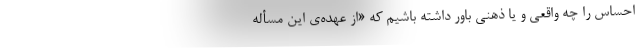
احساس را چه واقعی و یا ذهنی باور داشته باشیم که «از عهده‌ی این مسأله